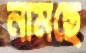
নামছে